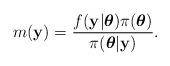
LaTeX: \begin{align*}m(\mathbf{y})=\frac{f(\mathbf{y}|\boldsymbol{\theta})\pi(\boldsymbol{\theta})}{\pi(\boldsymbol{\theta} | \mathbf{y})}.\end{align*}